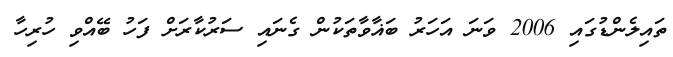
ތައިލެންޑުގައި 2006 ވަނަ އަހަރު ބަޣާވާތަކުން ގެނައި ސަރުކާރަށް ފަހު ބޭއްވި ހުރިހާ